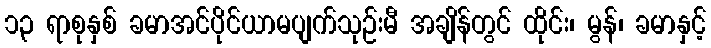
၁၃ ရာစုနှစ် ခမာအင်ပိုင်ယာမပျက်သုဉ်းမီ အချိန်တွင် ထိုင်း၊ မွန်၊ ခမာနှင့်